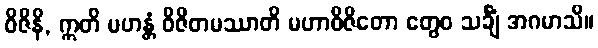
ဝိဇိနိ, ဣတိ မဟန္တံ ဝိဇိတမဿာတိ မဟာဝိဇိတော တွေဝ သင်္ချံ အဂမာသိ။